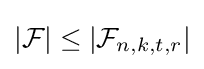
|{\mathcal {F}}|\leq |{\mathcal {F}}_{n,k,t,r}|